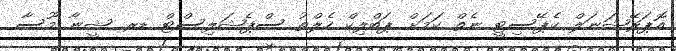
އޮޕަރޭޝަނަލް ކެޕޭސިޓީ ނެތް ކަމަށް ޕަބްލިކް ހެލްތު ސްޕެޝަލިސްޓް ޑރ. ޝީނާ މޫސާ